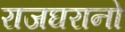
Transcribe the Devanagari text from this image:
राजघरानो